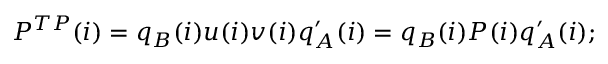
P ^ { T P } ( i ) = q _ { B } ( i ) u ( i ) v ( i ) q _ { A } ^ { \prime } ( i ) = q _ { B } ( i ) P ( i ) q _ { A } ^ { \prime } ( i ) ;